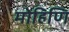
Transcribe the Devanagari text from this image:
मोहिणि